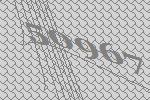
50967